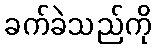
ခက်ခဲသည်ကို